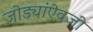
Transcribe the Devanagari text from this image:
जोड्यांऐवजी